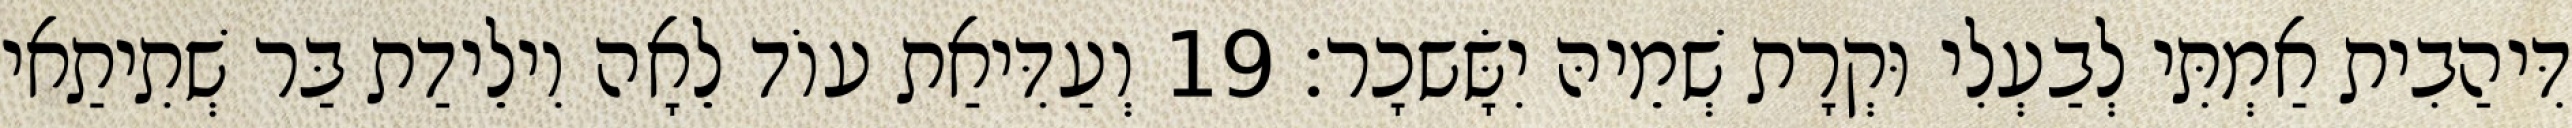
דִּיהַבִית אַמְתִּי לְבַעְלִי וּקְרָת שְׁמֵיהּ יִשָּׂשכָר׃ 19 וְעַדִּיאַת עוֹד לֵאָה וִילֵידַת בַּר שְׁתִיתַאי